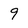
Character: 9